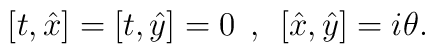
[t,\hat{x}]=[t,\hat{y}]=0\:\:,\:\:[\hat{x},\hat{y}]=i\theta.